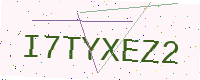
Text: I7TYXEZ2